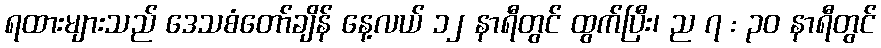
ရထားများသည် ဒေသစံတော်ချိန် နေ့လယ် ၁၂ နာရီတွင် ထွက်ပြီး၊ ည ၇ : ၃၀ နာရီတွင်